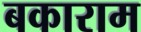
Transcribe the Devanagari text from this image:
बकाराम